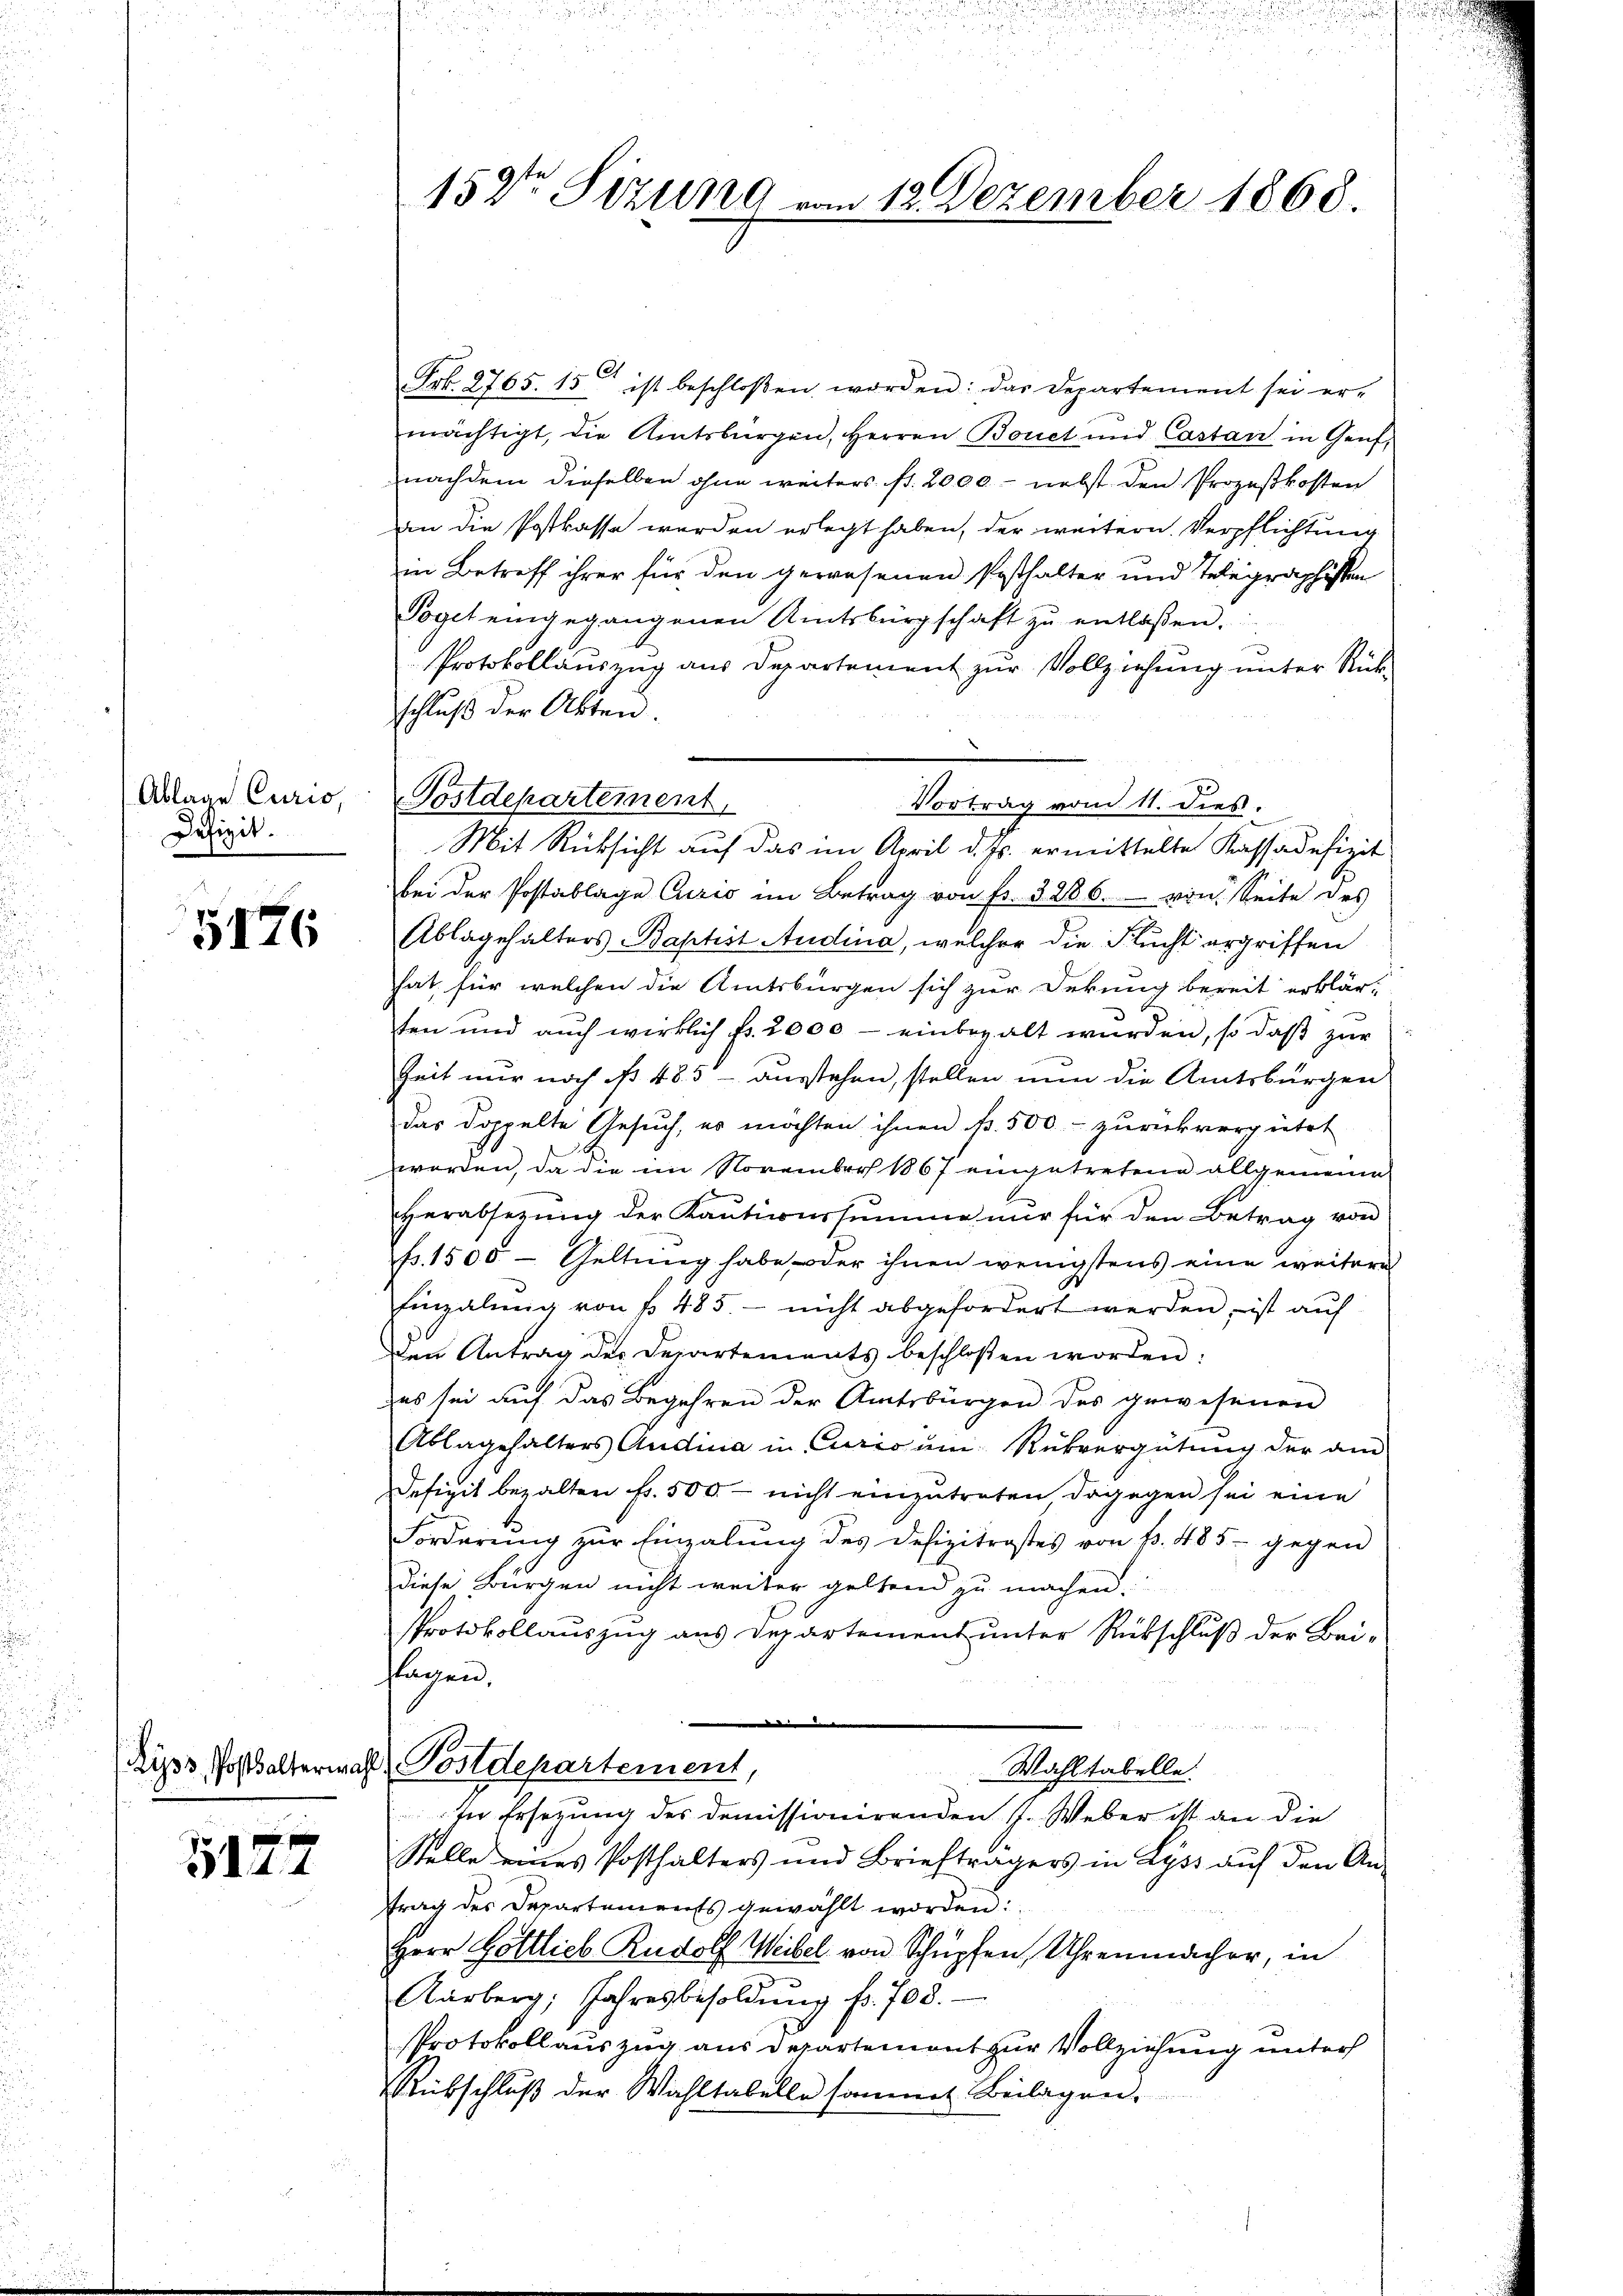
Ablage Curio,
Defizit.

5176

3127

152ten Sizung

Frk. 2765. 15 ist beschlossen worden: das Departement sei er-
mächtigt, die Amtsbürgen, Herren Bonet und Castan in Genf,
nachdem dieselben ohne weiters st. 2000 - nebst den Prozeßkosten
an die Postkasse werden erlegt haben, der weitern. Verpflichtung
in Betreff ihrer für den gewesenen Posthalter und Telegraphisten
Poget eingegangenen Amtsbürgschaft zŭ entlassen.
Protokollauszug aus Departement zur Vollziehung unter Rück-
schluß der Akten.
Postdepartement
Vortrag vom 11. dieß.
Mit Rücksicht auf das im April d. Js. ermittelte Kassadefizit
bei der Postablage Curio im Betrag von Fr. 3286. von Seite des
Ablagehalters Baptist Audina, welcher die Flucht ergriffen
hat, für welchen die Amtsbürgen sich zur Dekung bereit erklär-
ten und auch wirklich fr. 2000 - einbezalt wurden, so daß zur
Zeit nur noch iß 485 - ausstehen, stellen nun die Amtsbürgen
das doppelte Gesuch, es möchten ihnen fr. 500.- zurückvergütet
worden, da die im November 1867 eingetretene allgemeine
Herabsetzŭng der Kaŭtionssumme nur für den Betrag von
Fr. 1500 - Geltung habe, oder ihnen wenigstens eine weitere
Einzalung von f. 485 - nicht abgefordert werden, ist auf
den Antrag des Departements beschloßen worden:
es sei auf das Begehren der Amtsbürgen des gewesenen
Ablagehalters Audina in Curio um Rükvergütŭng der am
Defizit bezalten Fr. 500. - nicht einzutreten dagegen sei eine
Forderung zur Einzahlung des Defizitrostes von p. 485 - gegen
diese Bürgen nicht weiter geltend zu machen.
Protokollauszug aus Departement unter Rückschluß der Bei-
lagen.
n
¬
Lips, Posthalterwahl Postdepartement,
Wahltabelle.
In Ersezung des domissionirenden J. Weber ist an die
Stelle eines Posthalters und Briefträgers in Lyss auf den An-
trag des Departements gewählt worden:
Herr Gottlich Rudolf Weibel von Schüpfen, Uhrenmacher, in
Aarberg, Jahresbesoldung fr. 708.
Protokoll auszug aus Departemont zur Vollziehung unter
Rübschluß der Wahltabelle sammt Beilagen.

12. Dezember 1868.